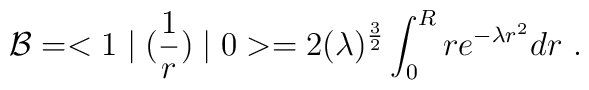
{\cal B}=<1\mid ({1\over r})\mid 0>=2(\lambda)^{{3\over 2}}\int^{R}_{0}r e^{-\lambda r^2}dr~.